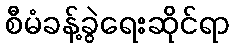
စီမံခန့်ခွဲရေးဆိုင်ရာ